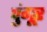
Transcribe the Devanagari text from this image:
घुंगूर